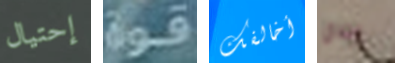
إحتيال قوة أخالفك إيلاي